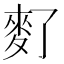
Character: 𪌀